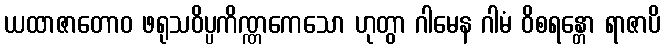
ယထာဇာတောဝ ဖရုသဝိပ္ပကိဏ္ဏကေသော ဟုတွာ ဂါမေန ဂါမံ ဝိစရန္တော ရာဇာပိ